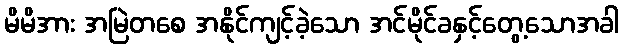
မိမိအား အမြဲတစေ အနိုင်ကျင့်ခဲ့သော အင်မိုင်ခနှင့်တွေ့သောအခါ